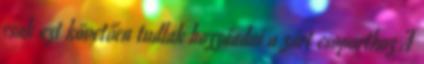
csak ezt követően tudlak hozzáadni a zárt csoporthoz A